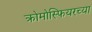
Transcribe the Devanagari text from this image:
क्रोमोस्फियरच्या